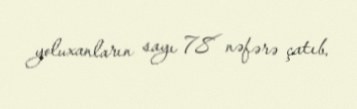
yoluxanların sayı 78 nəfərə çatıb.